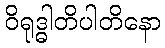
ဝိရုဒ္ဓါတိပါတိနော